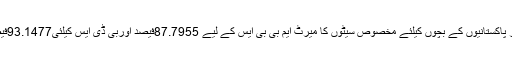
اوورسیز پاکستانیوں کے بچوں کیلئے مخصوص سیٹوں کا میرٹ ایم بی بی ایس کے لیے 87.7955فیصد اوربی ڈی ایس کیلئی93.1477فیصد رہا۔